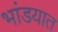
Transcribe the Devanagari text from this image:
भांडयात